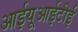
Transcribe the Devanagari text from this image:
आईयूआईटीई